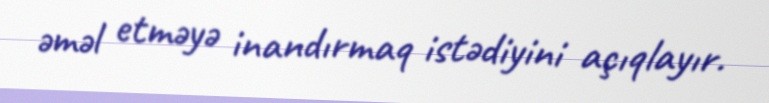
əməl etməyə inandırmaq istədiyini açıqlayır.